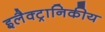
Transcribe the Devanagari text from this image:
इलैक्ट्रानिकीय